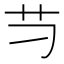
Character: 䒒